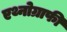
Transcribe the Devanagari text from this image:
एथ्नोग्राफी